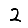
Digit: 2